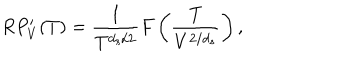
R P _ { V } ^ { \prime } ( T ) = \frac { 1 } { T ^ { d _ { s } / 2 } } F \left( \frac { T } { V ^ { 2 / d _ { s } } } \right) ,